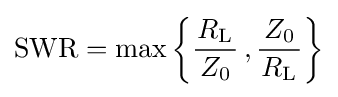
{\text{SWR}}=\max \left\{{\frac {R_{\text{L}}}{\,Z_{\text{0}}\,}}\,,{\frac {\,Z_{\text{0}}\,}{R_{\text{L}}}}\right\}